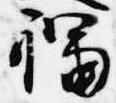
福